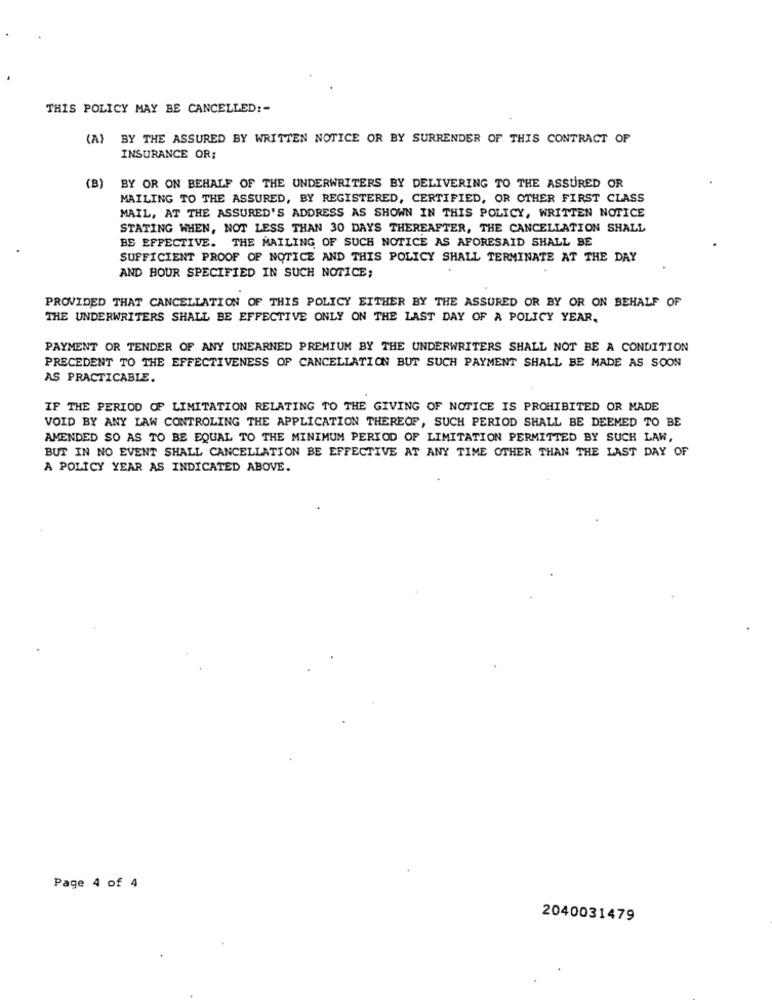
THIS POLICY MAY BE CANCELLED :-
(A) BY THE ASSURED BY WRITTEN NOTICE OR BY SURRENDER OF THIS CONTRACT OF
INSURANCE OR;
(B) BY OR ON BEHALF OF THE UNDERWRITERS BY DELIVERING TO THE ASSURED OR
MAILING TO THE ASSURED, BY REGISTERED, CERTIFIED, OR OTHER FIRST CLASS
MAIL, AT THE ASSURED'S ADDRESS AS SHOWN IN THIS POLICY, WRITTEN NOTICE
STATING WHEN, NOT LESS THAN 30 DAYS THEREAFTER, THE CANCELLATION SHALL
BE EFFECTIVE. THE MAILING OF SUCH NOTICE AS AFORESAID SHALL BE
SUFFICIENT PROOF OF NOTICE AND THIS POLICY SHALL TERMINATE AT THE DAY
AND HOUR SPECIFIED IN SUCH NOTICE;
PROVIDED THAT CANCELLATION OF THIS POLICY EITHER BY THE ASSURED OR BY OR ON BEHALF OF
THE UNDERWRITERS SHALL BE EFFECTIVE ONLY ON THE LAST DAY OF A POLICY YEAR.
PAYMENT OR TENDER OF ANY UNEARNED PREMIUM BY THE UNDERWRITERS SHALL NOT BE A CONDITION
PRECEDENT TO THE EFFECTIVENESS OF CANCELLATION BUT SUCH PAYMENT SHALL BE MADE AS SOON
AS PRACTICABLE.
IF THE PERIOD OF LIMITATION RELATING TO THE GIVING OF NOTICE IS PROHIBITED OR MADE
VOID BY ANY LAW CONTROLING THE APPLICATION THEREOF, SUCH PERIOD SHALL BE DEEMED TO BE
AMENDED SO AS TO BE EQUAL TO THE MINIMUM PERIOD OF LIMITATION PERMITTED BY SUCH LAW,
BUT IN NO EVENT SHALL CANCELLATION BE EFFECTIVE AT ANY TIME OTHER THAN THE LAST DAY OF
A POLICY YEAR AS INDICATED ABOVE.
Page 4 of 4
2040031479